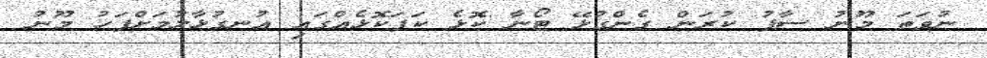
ނުވަތަ މޫނު ސާފު ކުރަން ގެންގުޅޭ ޓޯނާ ކޮޅެ ކަފަކޮޅެއްގައި އުނގުޅާލުމަށްފަހު މޫނު